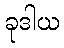
ခုဒါယ